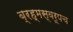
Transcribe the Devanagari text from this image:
ब्रह्मस्वरूपच